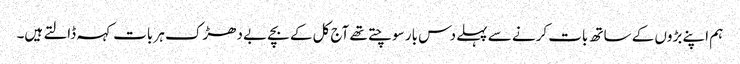
ہم اپنے بڑوں کے ساتھ بات کرنے سے پہلے دس بار سوچتے تھے آج کل کے بچے بے دھڑک ہر بات کہہ ڈالتے ہیں۔